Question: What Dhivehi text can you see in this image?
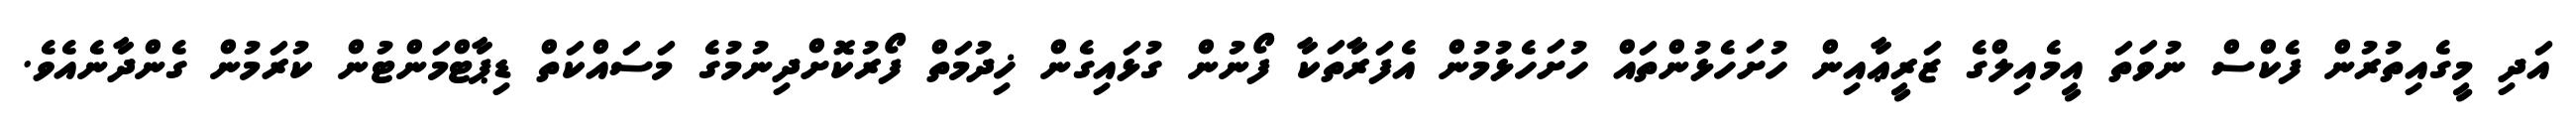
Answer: އަދި މީގެއިތުރުން ފެކްސް ނުވަތަ އީމެއިލްގެ ޒަރީޢާއިން ހުށަހެޅުންތައް ހުށަހެޅުމުން އެފަރާތަކާ ފޯނުން ގުޅައިގެން ޚިދުމަތް ފޯރުކޮށްދިނުމުގެ މަސައްކަތް ޑިޕާޓްމަންޓުން ކުރަމުން ގެންދާނެއެވެ.